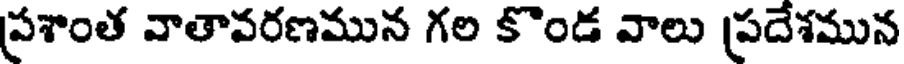
ప్రశాంత వాతావరణమున గల కొండ వాలు ప్రదేశమున